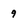
Character: 9